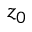
z _ { 0 }